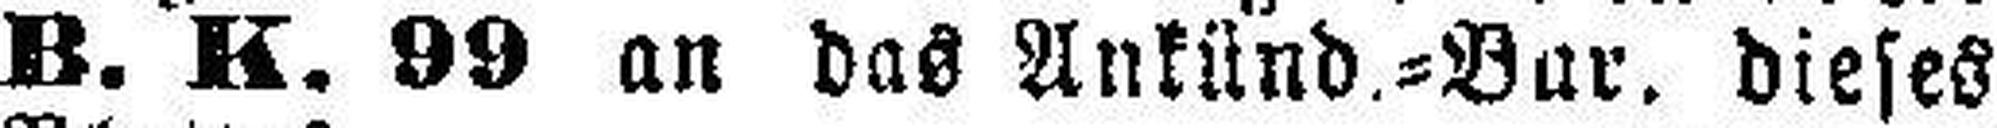
B. K. 99 an das Ankünd.=Bar. dieses